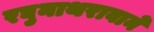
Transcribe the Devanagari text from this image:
रघुनाथरावाने